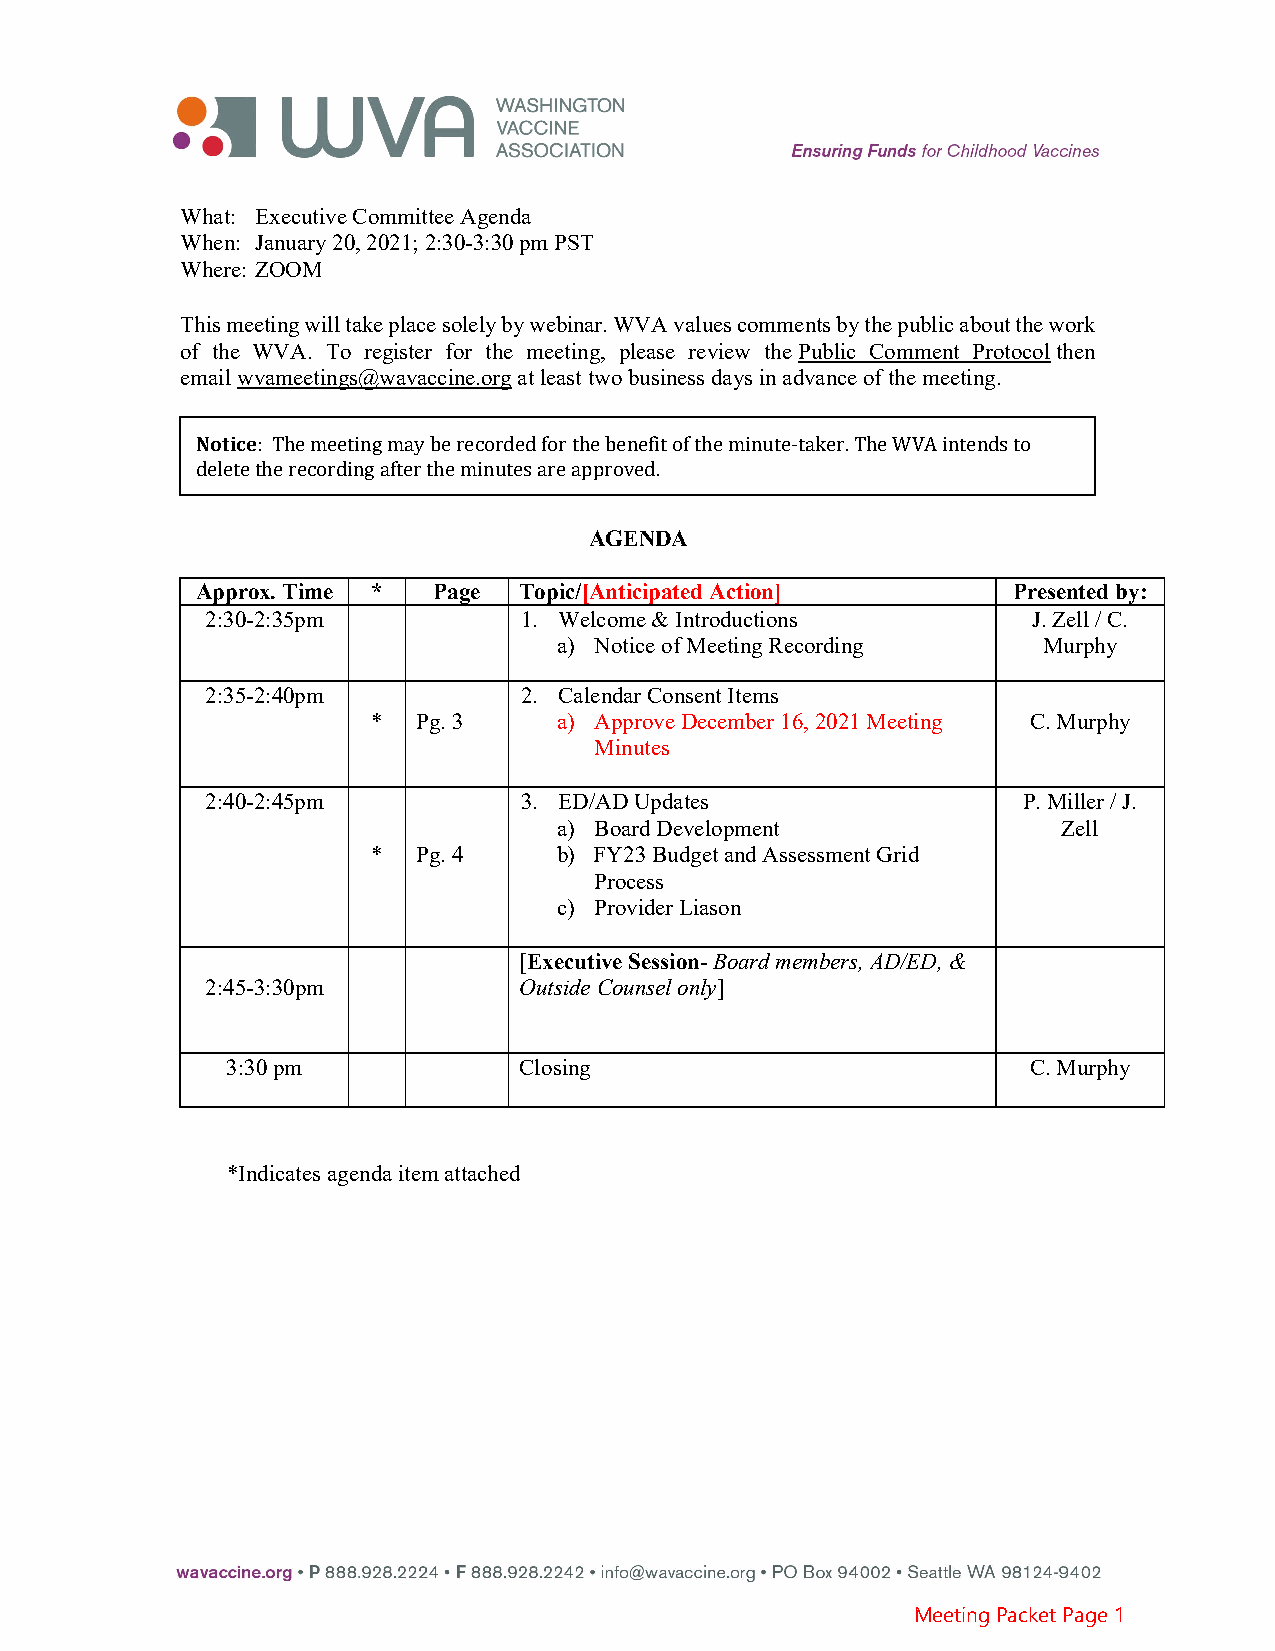
What: Executive Committee Agenda
 When: January 20, 2021; 2:30-3:30 pm PST
 Where: ZOOM
 This meeting wil l take place solely by webinar. WVA values comments by the public about the work
 of the WVA. To register for the meeting, please review the Public Comment Protocol then
 email wvameetings@wavaccine.org at least two business days in advance of the meeting.
 Notice
 : The meeting may be recorded for the benefit of the minute-taker. The WVA intends to
 delete the recording after the minutes are approved.
 AGENDA
 Approx. Time *  Page Topic/[Anticipated Action]       Presented by:
 2:30-2:35pm         1. Welcome & Introductions        J.Zell / C.
 a) Notice of Meeting Recording  Murphy
 2:35-2:40pm         2. Calendar Consent Items
 *  Pg. 3    a) Approve December 16, 2021 Meeting C.Murphy
 Minutes
 2:40-2:45pm         3. ED/AD Updates                  P.Miller / J.
 a) Board Development             Zell
 *  Pg. 4    b) FY23 Budget and Assessment Grid
 Process
 c) Provider Liason
 [Executive Session- Board members, AD/ED, &
 2:45-3:30pm         Outside Counsel only]
 3:30 pm            Closing                           C.Murphy
 *Indicates agenda item attached
 Meeting Packet Page 1